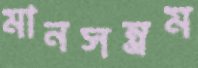
মানসম্ভ্রম